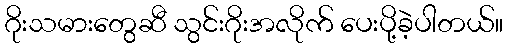
ဂိုးသမားတွေဆီ သွင်းဂိုးအလိုက် ပေးပို့ခဲ့ပါတယ်။